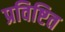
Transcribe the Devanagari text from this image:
प्रविष्टित